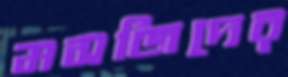
মসজিদের